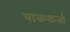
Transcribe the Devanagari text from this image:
पाककर्ता